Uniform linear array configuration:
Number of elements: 4
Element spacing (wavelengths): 0.75
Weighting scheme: hamming
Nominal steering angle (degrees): -45
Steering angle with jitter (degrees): -46.059
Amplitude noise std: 0.05
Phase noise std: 0.05

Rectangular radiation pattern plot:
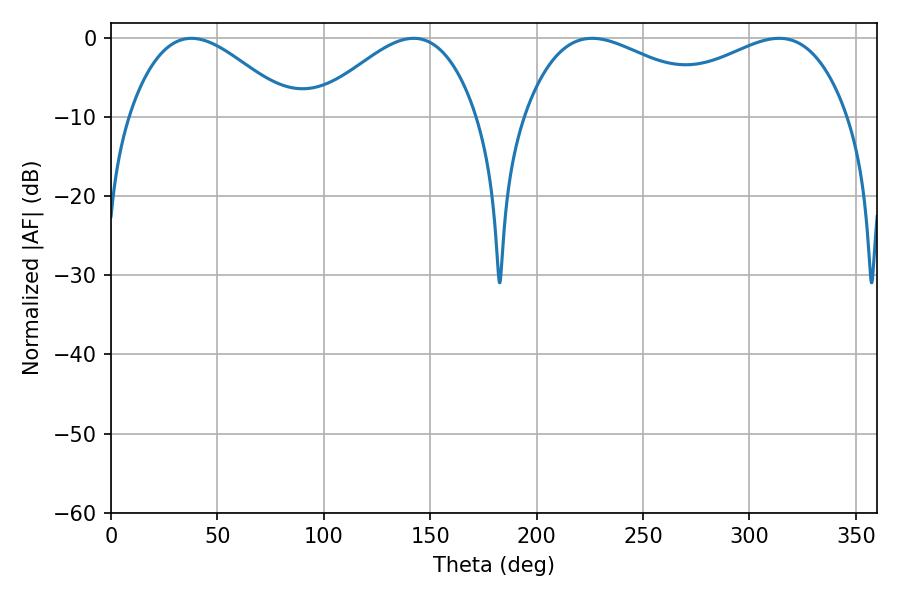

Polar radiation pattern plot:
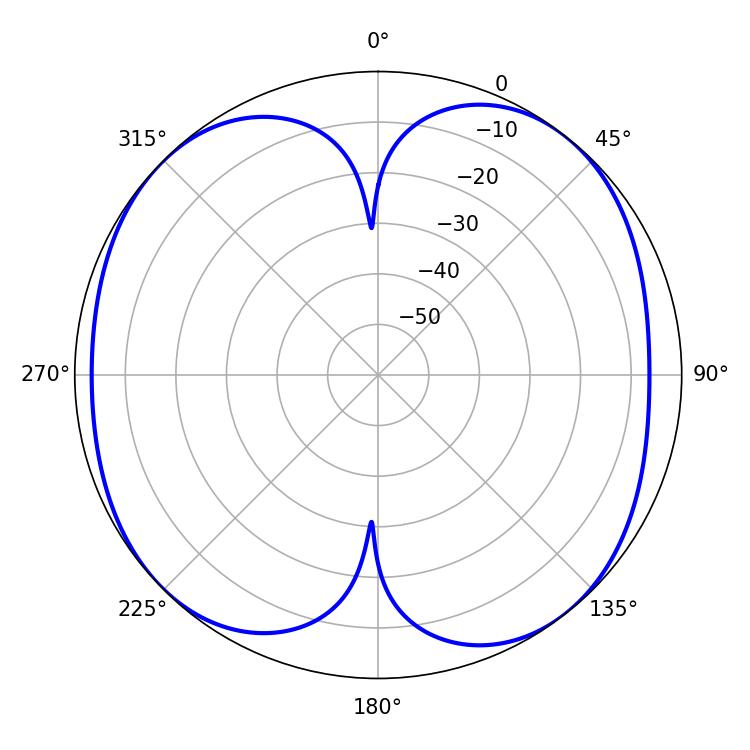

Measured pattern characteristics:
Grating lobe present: TRUE
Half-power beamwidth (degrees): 53.28
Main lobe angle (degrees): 226.08